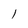
Character: l